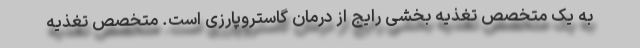
به یک متخصص تغذیه بخشی رایج از درمان گاستروپارزی است. متخصص تغذیه